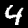
Digit: 4